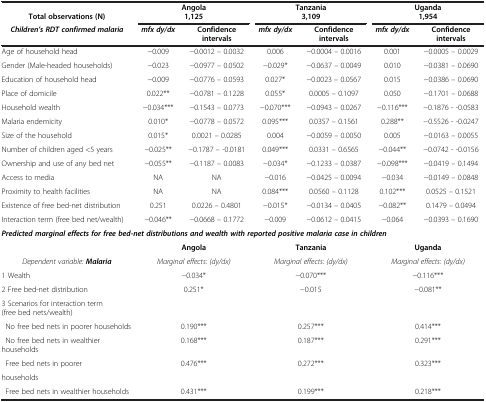
<table><thead><tr><td><b>Total observations (N)</b></td><td colspan="2"><b>Angola1,125</b></td><td colspan="2"><b>Tanzania3,109</b></td><td colspan="2"><b>Uganda1,954</b></td></tr><tr><td><b><i>Children’s RDT confirmed malaria</i></b></td><td><b><i>mfx dy/dx</i></b></td><td><b>Confidence intervals</b></td><td><b><i>mfx dy/dx</i></b></td><td><b>Confidence intervals</b></td><td><b><i>mfx dy/dx</i></b></td><td><b>Confidence intervals</b></td></tr></thead><tbody><tr><td>Age of household head</td><td>−0.009</td><td>−0.0012 – 0.0032</td><td>0.006</td><td>−0.0004 – 0.0016</td><td>0.001</td><td>−0.0005 – 0.0029</td></tr><tr><td>Gender (Male-headed households)</td><td>−0.023</td><td>−0.0977 – 0.0502</td><td>−0.029*</td><td>−0.0637 – 0.0049</td><td>0.010</td><td>−0.0381 – 0.0690</td></tr><tr><td>Education of household head</td><td>−0.009</td><td>−0.0776 – 0.0593</td><td>0.027*</td><td>−0.0023 – 0.0567</td><td>0.015</td><td>−0.0386 – 0.0690</td></tr><tr><td>Place of domicile</td><td>0.022**</td><td>−0.0781 – 0.1228</td><td>0.055*</td><td>0.0005 – 0.1097</td><td>0.050</td><td>−0.1701 – 0.0688</td></tr><tr><td>Household wealth</td><td>−0.034***</td><td>−0.1543 – 0.0773</td><td>−0.070***</td><td>−0.0943 – 0.0267</td><td>−0.116***</td><td>−0.1876 - -0.0583</td></tr><tr><td>Malaria endemicity</td><td>0.010*</td><td>−0.0778 – 0.0572</td><td>0.095***</td><td>0.0357 – 0.1561</td><td>0.288**</td><td>−0.5526 - -0.0247</td></tr><tr><td>Size of the household</td><td>0.015*</td><td>0.0021 – 0.0285</td><td>0.004</td><td>−0.0059 – 0.0050</td><td>0.005</td><td>−0.0163 – 0.0055</td></tr><tr><td>Number of children aged &lt;5 years</td><td>−0.025**</td><td>−0.1787 – -0.0181</td><td>0.049***</td><td>0.0331 – 0.6565</td><td>−0.044**</td><td>−0.0742 - -0.0156</td></tr><tr><td>Ownership and use of any bed net</td><td>−0.055**</td><td>−0.1187 – 0.0083</td><td>−0.034*</td><td>−0.1233 – 0.0387</td><td>−0.098***</td><td>−0.0419 – 0.1494</td></tr><tr><td>Access to media</td><td>NA</td><td>NA</td><td>−0.016</td><td>−0.0425 – 0.0094</td><td>−0.034</td><td>−0.0149 – 0.0848</td></tr><tr><td>Proximity to health facilities</td><td>NA</td><td>NA</td><td>0.084***</td><td>0.0560 – 0.1128</td><td>0.102***</td><td>0.0525 – 0.1521</td></tr><tr><td>Existence of free bed-net distribution</td><td>0.251</td><td>0.0226 – 0.4801</td><td>−0.015*</td><td>−0.0134 – 0.0405</td><td>−0.082**</td><td>0.1479 – 0.0494</td></tr><tr><td>Interaction term (free bed net/wealth)</td><td>−0.046**</td><td>−0.0668 – 0.1772</td><td>−0.009</td><td>−0.0612 – 0.0415</td><td>−0.064</td><td>−0.0393 – 0.1690</td></tr><tr><td colspan="7"><b><i>Predicted marginal effects for free bed-net distributions and wealth with reported positive malaria case in children</i></b></td></tr><tr><td> </td><td colspan="2"><b>Angola</b></td><td colspan="2"><b>Tanzania</b></td><td colspan="2"><b>Uganda</b></td></tr><tr><td><i>Dependent variable:</i><b><i>Malaria</i></b></td><td colspan="2"><i>Marginal effects: (dy/dx)</i></td><td colspan="2"><i>Marginal effects: (dy/dx)</i></td><td colspan="2"><i>Marginal effects: (dy/dx)</i></td></tr><tr><td>1 Wealth</td><td colspan="2">−0.034*</td><td colspan="2">−0.070***</td><td colspan="2">−0.116***</td></tr><tr><td>2 Free bed-net distribution</td><td colspan="2">0.251*</td><td colspan="2">−0.015</td><td colspan="2">−0.081**</td></tr><tr><td>3 Scenarios for interaction term (free bed nets/wealth)</td><td colspan="6"> </td></tr><tr><td> No free bed nets in poorer households</td><td colspan="2">0.190***</td><td colspan="2">0.257***</td><td colspan="2">0.414***</td></tr><tr><td> No free bed nets in wealthier households</td><td colspan="2">0.168***</td><td colspan="2">0.187***</td><td colspan="2">0.291***</td></tr><tr><td> Free bed nets in poorer</td><td colspan="2">0.476***</td><td colspan="2">0.272***</td><td colspan="2">0.323***</td></tr><tr><td>households</td><td colspan="2"> </td><td colspan="2"> </td><td colspan="2"> </td></tr><tr><td> Free bed nets in wealthier households</td><td colspan="2">0.431***</td><td colspan="2">0.199***</td><td colspan="2">0.218***</td></tr></tbody></table>